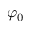
\varphi _ { 0 }